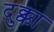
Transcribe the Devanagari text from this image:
दुक्का